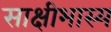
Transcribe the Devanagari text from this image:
साक्षीभास्य